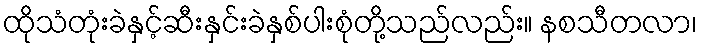
ထိုသံတုံးခဲနှင့်ဆီးနှင်းခဲနှစ်ပါးစုံတို့သည်လည်း။ နစသီတလာ၊